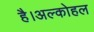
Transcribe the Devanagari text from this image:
है।अल्कोहल